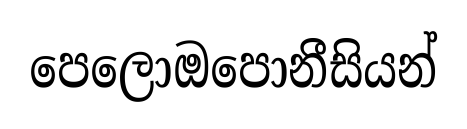
පෙලොඔපොනීසියන්